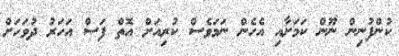
ކުންފުނިން ނޫން ކަމަށާއި އެހެން ނަމަވެސް ކުރިއަށް އޮތް ފަސް އަހަރު ދުވަހަށް